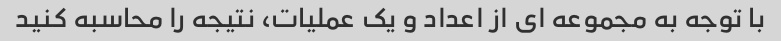
با توجه به مجموعه ای از اعداد و یک عملیات، نتیجه را محاسبه کنید